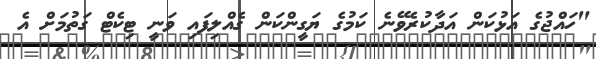
"ހައްޖުގެ އަޅުކަން އަދާކުރެވޭނެ ކަމުގެ ޔަގީންކަން ގެއްލިފައި ވަނީ ޓިކެޓް ގަތުމަށް އެ